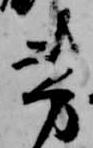
芳